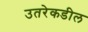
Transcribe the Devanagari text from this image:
उतरेकडील